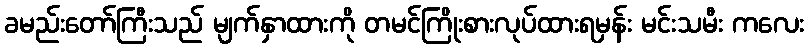
ခမည်းတော်ကြီးသည် မျက်နှာထားကို တမင်ကြိုးစားလုပ်ထားရမှန်း မင်းသမီး ကလေး